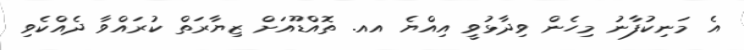
އެ މަނިކުފާނު މިހެން ވިދާޅުވީ އިއްޔެ އއ. ތޮއްޑޫއަށް ޒިޔާރަތް ކުރައްވާ ދެއްކެވި